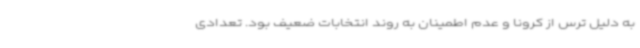
به دلیل ترس از کرونا و عدم اطمینان به روند انتخابات ضعیف بود. تعدادی